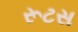
રૂટસ